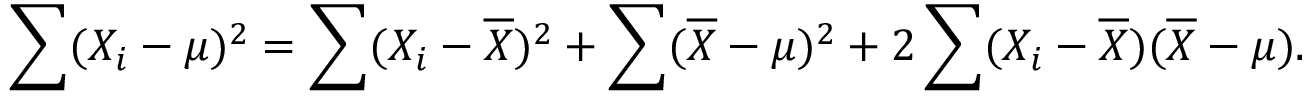
\sum ( X _ { i } - \mu ) ^ { 2 } = \sum ( X _ { i } - { \overline { { X } } } ) ^ { 2 } + \sum ( { \overline { { X } } } - \mu ) ^ { 2 } + 2 \sum ( X _ { i } - { \overline { { X } } } ) ( { \overline { { X } } } - \mu ) .